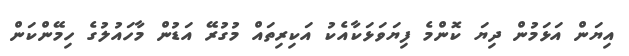
އިޔަން އަޅަމުން ދިޔަ ކޮންމެ ފިޔަވަޅަކާއެކު އަކިރިތައް މުގުރޭ އަޑުން މާހައުލުގެ ހިމޭންކަން